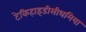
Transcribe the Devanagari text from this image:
टेकिहाइडीसीथमिया